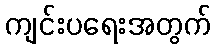
ကျင်းပရေးအတွက်